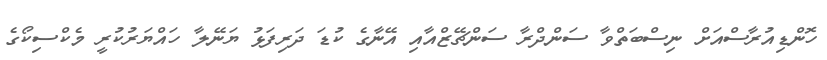
ހޮންޑިއުރާސްއަށް ނިސްބަތްވާ ސަންދްރާ ސަންޗޭޒްއާއި އޭނާގެ ކުޑަ ދަރިފަޅު ޔަނޭލާ ހައްޔަރުކުރީ މެކްސިކޯގެ